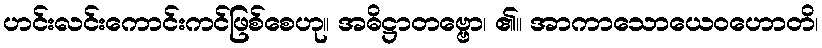
ဟင်းလင်းကောင်းကင်ဖြစ်စေဟု။ အဓိဋ္ဌာတဗ္ဗော၊ ၏။ အာကာသောယေဝဟောတိ၊